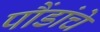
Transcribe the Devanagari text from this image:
पौंडांचे